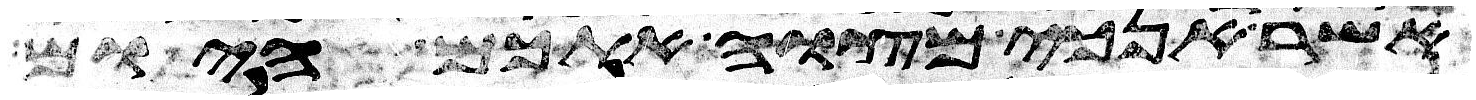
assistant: אשר אנכי מצוה אתכם היום